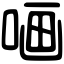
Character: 𠵾